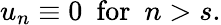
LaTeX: u_{n}\equiv 0\ \ \textrm{for}\ \ n>s.